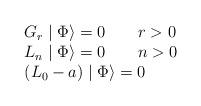
LaTeX: \begin{align*}\begin{array}{l}G_r\mid \Phi \rangle =0\qquad r>0 \\L_n\mid \Phi \rangle =0\qquad n>0 \\\left( L_0-a\right) \mid \Phi \rangle =0\end{array}\end{align*}